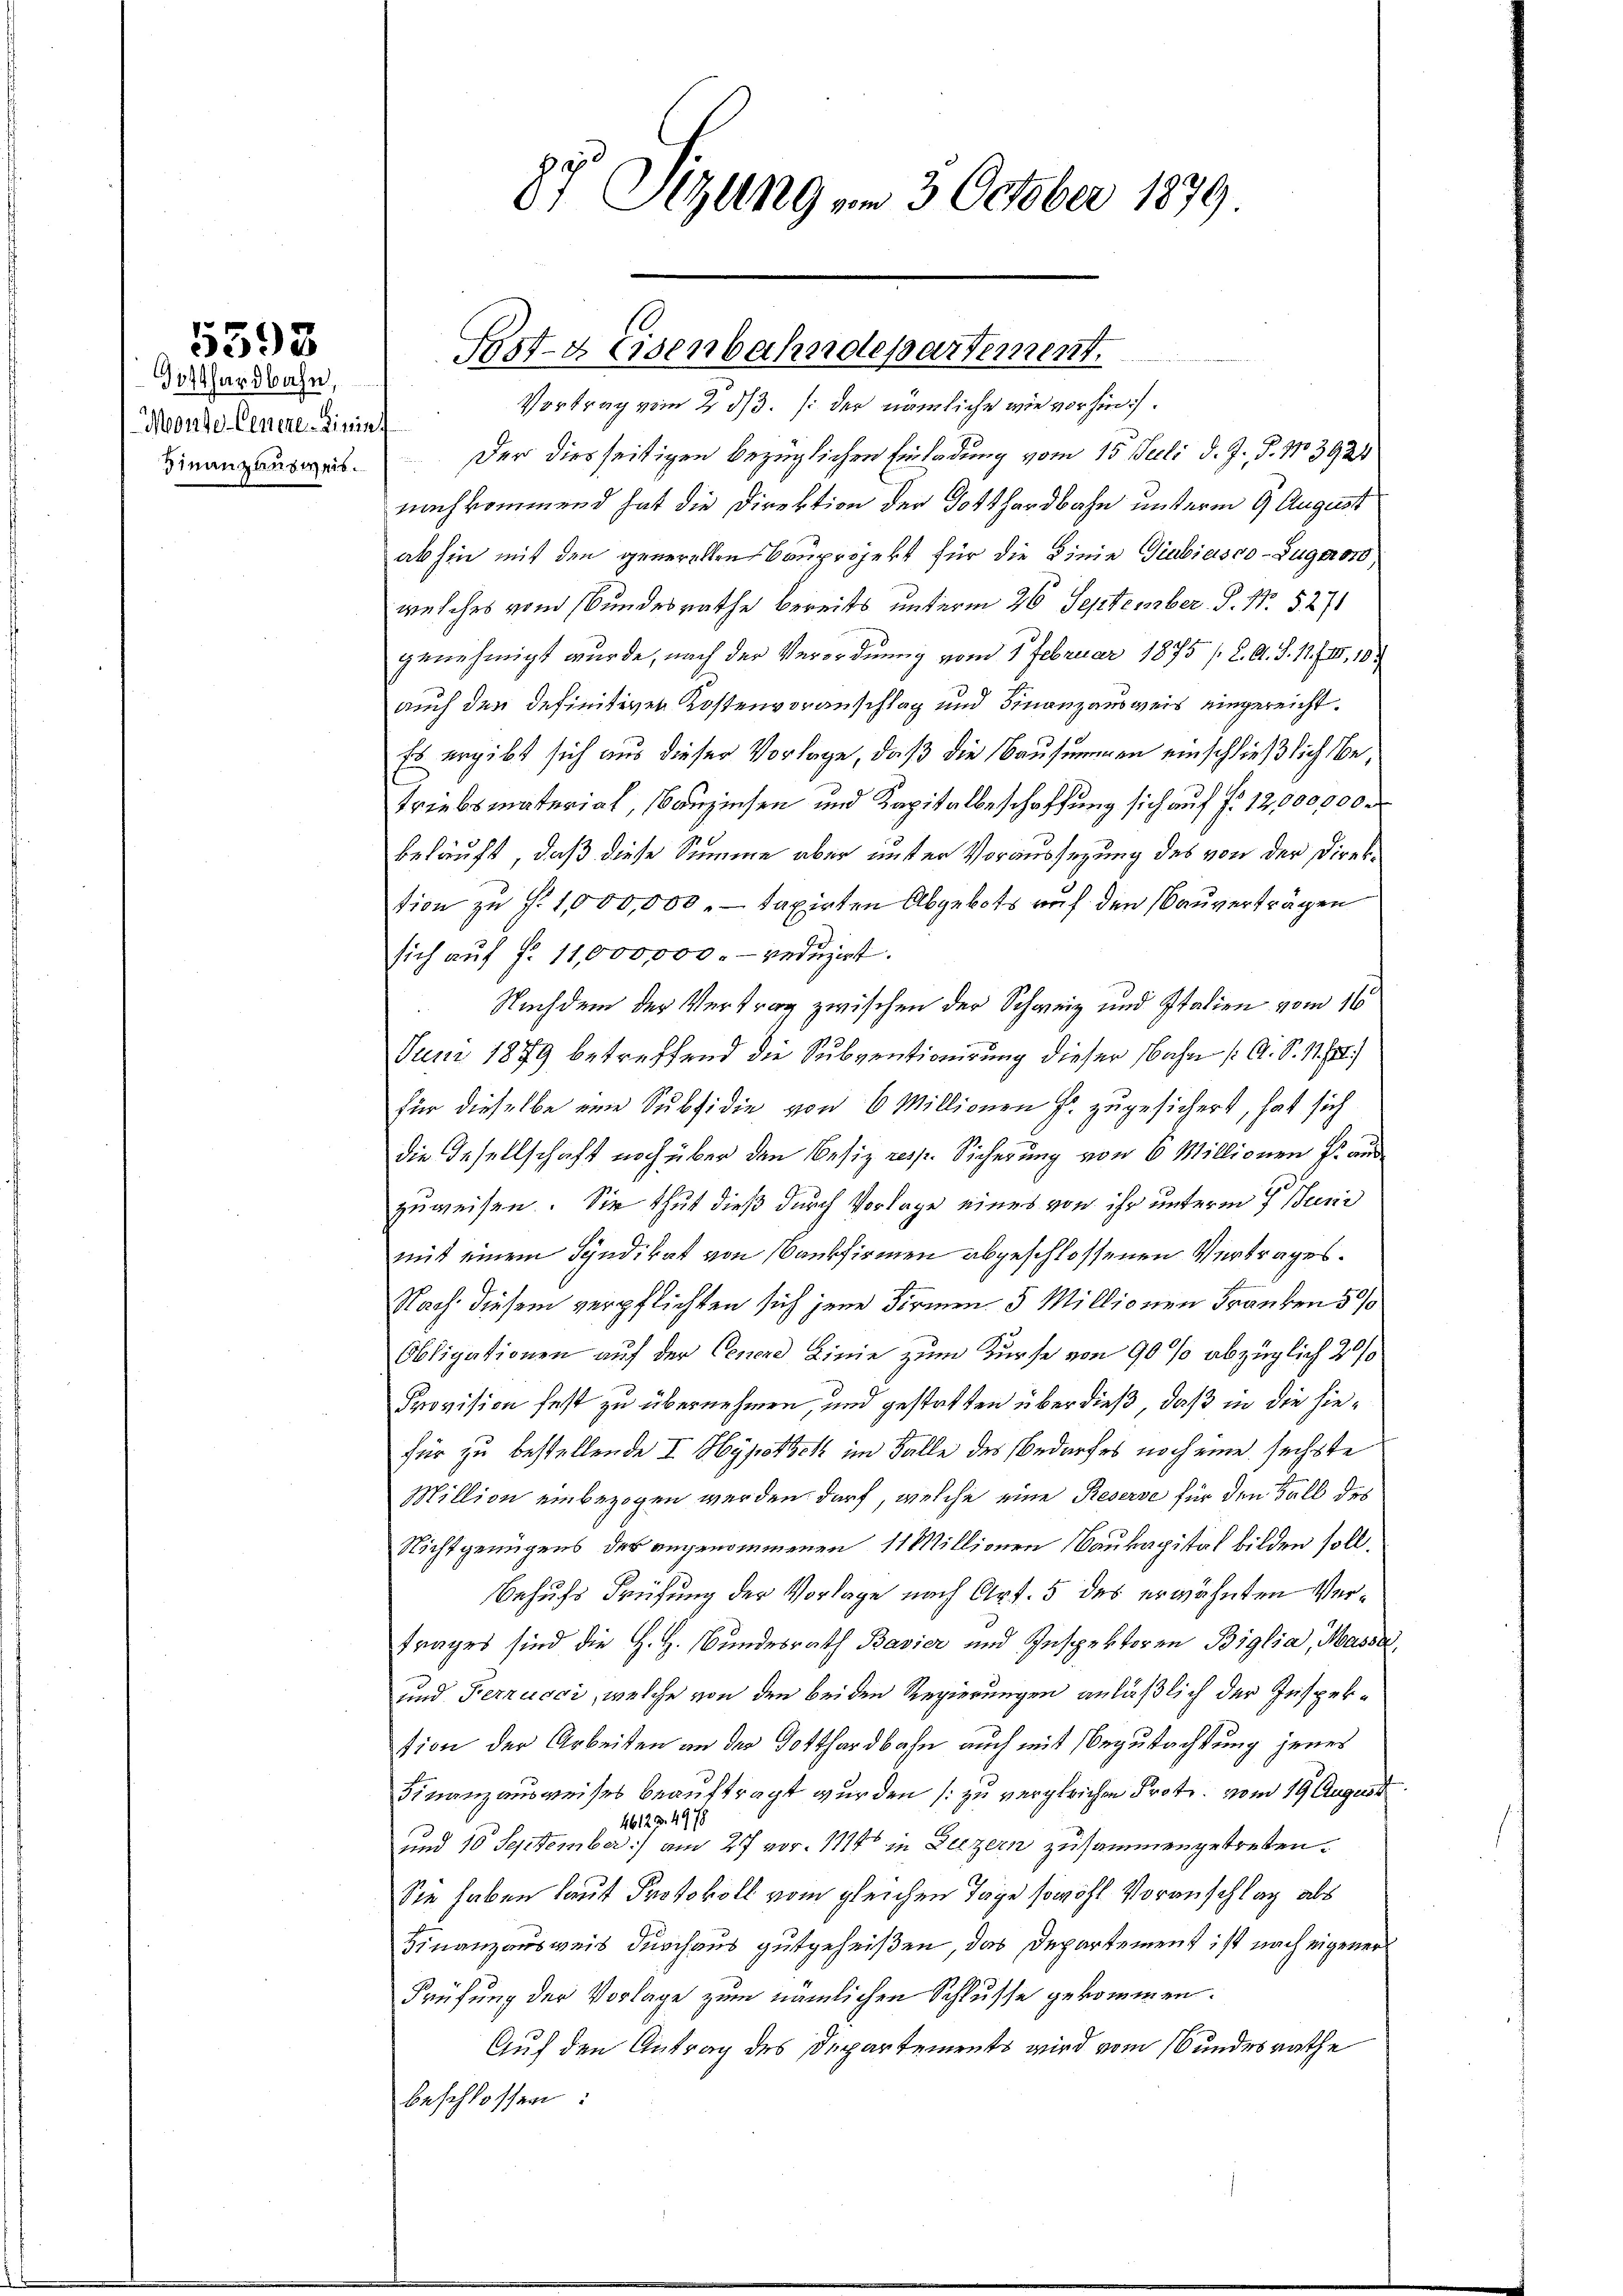
Gotthardbahn,
Monde Genere Linie
Finanzausweis.

5593

87 Sizung am 3 October 1879

Pest- & Eisenbahndepartement.
Vortrag vom 2. dβ. /: der nämliche wie vorhin

Der diesseitigen bezüglichen Einladung vom 15. Seeli d. J. P. No 3924
nachkommend hat die Direktion der Totthardbahn unterm 9. August
abhin mit den generellen Bauprojekt für die Linie Giubiasco-Zuger 18
welches vom Bundesrathe bereits unterm 26 September P. Nr. 5271
genehmigt wurde, nach der Verordnung vom 1 Februar 1875 (2. A. S. 11. III, 10
auch den definitiven Kostenvoranschlag und Finanzausweis eingereicht.
Es ergibt sich aus dieser Vorlage, daß die Bausummen einschließlich betriebsmaterial, Bauzinsen und Kapitalbeschaffung sich auf P. 12,000,000.
belauft, daß diese Summe aber unter Voraussezung des von der Direktion zu f. 1,000,000.- taxirten Abgebots auf den Bauverträgen
sich auf fr. 11,000,000. reduzirt.
Nachdem der Vertrag zwischen der Schweiz und Italien vom 16
Jum. 1879 betreffend die Subventionirung dieser Nahn /: A. S. 118.)
für dieselbe eine Subsidie von 6 Millionen Fr. zugesichert, hat sich
die Gesellschaft noch über den Besiz resp. Sicherung von 6 Millionen Fr. aus
zuweisen. Sie thut dieß durch Vorlage eines von ihr unterm 7. Juni
mit einem Syndikat von Bankfirmen abgeschlossenen Vertrages.
Nach diesem verpflichten sich jene Firmen 5 Millionen Franken 5 0/0
Obligationen auf der Cenere Linie zum Kurse von 90 % abzüglich 20%
Provision fest zu übernehmen, und gestatten über dieß, daß in die hiefür zu bestellende I Hypothek im Falle des Bedarfes noch eine sechste
Million einbezogen werden darf, welche eine Reserse für den Fall des
Nichtgenügens des angenommenen 11 Millionen Baukapital bilden soll.
Behufs Prüfung der Vorlage nach Art. 5 des erwähnten Vertrages sind die H. H. Bundesrath Bavier und Inspektoren Biglia, Massa
und Ferzuoci, welche von den beiden Regierungen anläßlich der Inspeksion der Arbeiten an der Gotthardbahn auch mit Begutachtung jenes
Finanzausweises beauftragt wurden (zu vergleichen Prote vom 19 August
4612 f. 4978
und 10 September) am 27 vor. 1114 in Luzern zusammengetreten.
Sie haben laut Protokoll vom gleichen Tage sowohl Voranschlag als
Finanzausweis durchaus gutgeheißen, das Departement ist nach eigener
Prüfung der Vorlage zum nämlichen Schlusse gekommen.
Auf den Antrag des Departements wird vom Bundesrathe
beschlossen: